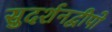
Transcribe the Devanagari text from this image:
सुदर्शनद्वीपो